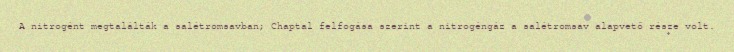
A nitrogént megtalálták a salétromsavban; Chaptal felfogása szerint a nitrogéngáz a salétromsav alapvető része volt.